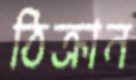
ঠিক্‌রান